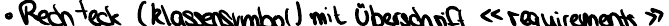
Rechteck (Klassensymbol) mit Überschrift <<requirements>>